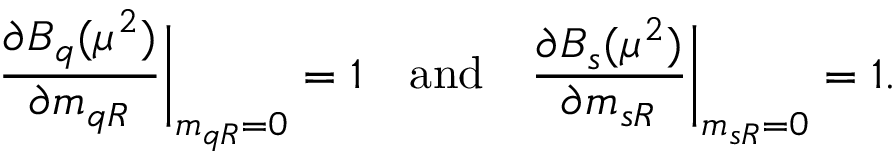
\frac { \partial B _ { q } ( \mu ^ { 2 } ) } { \partial m _ { q R } } \bigg | _ { m _ { q R } = 0 } = 1 \quad \mathrm { a n d } \quad \frac { \partial B _ { s } ( \mu ^ { 2 } ) } { \partial m _ { s R } } \bigg | _ { m _ { s R } = 0 } = 1 .